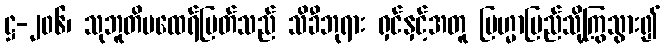
ဋ္ဌ-၂၀၆၊ သုဘူတိမထေရ်မြတ်သည် သိခီဘုရား ရှင်နှင့်အတူ ဗြဟ္မာပြည်သို့ကြွသွား၍